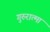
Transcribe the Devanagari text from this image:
गुरुरात्मा